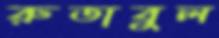
রুতাবুল